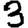
Digit: 3